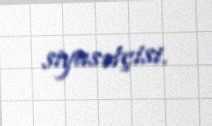
siyasətçisi.